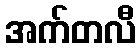
အက်တလီ